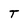
Character: T